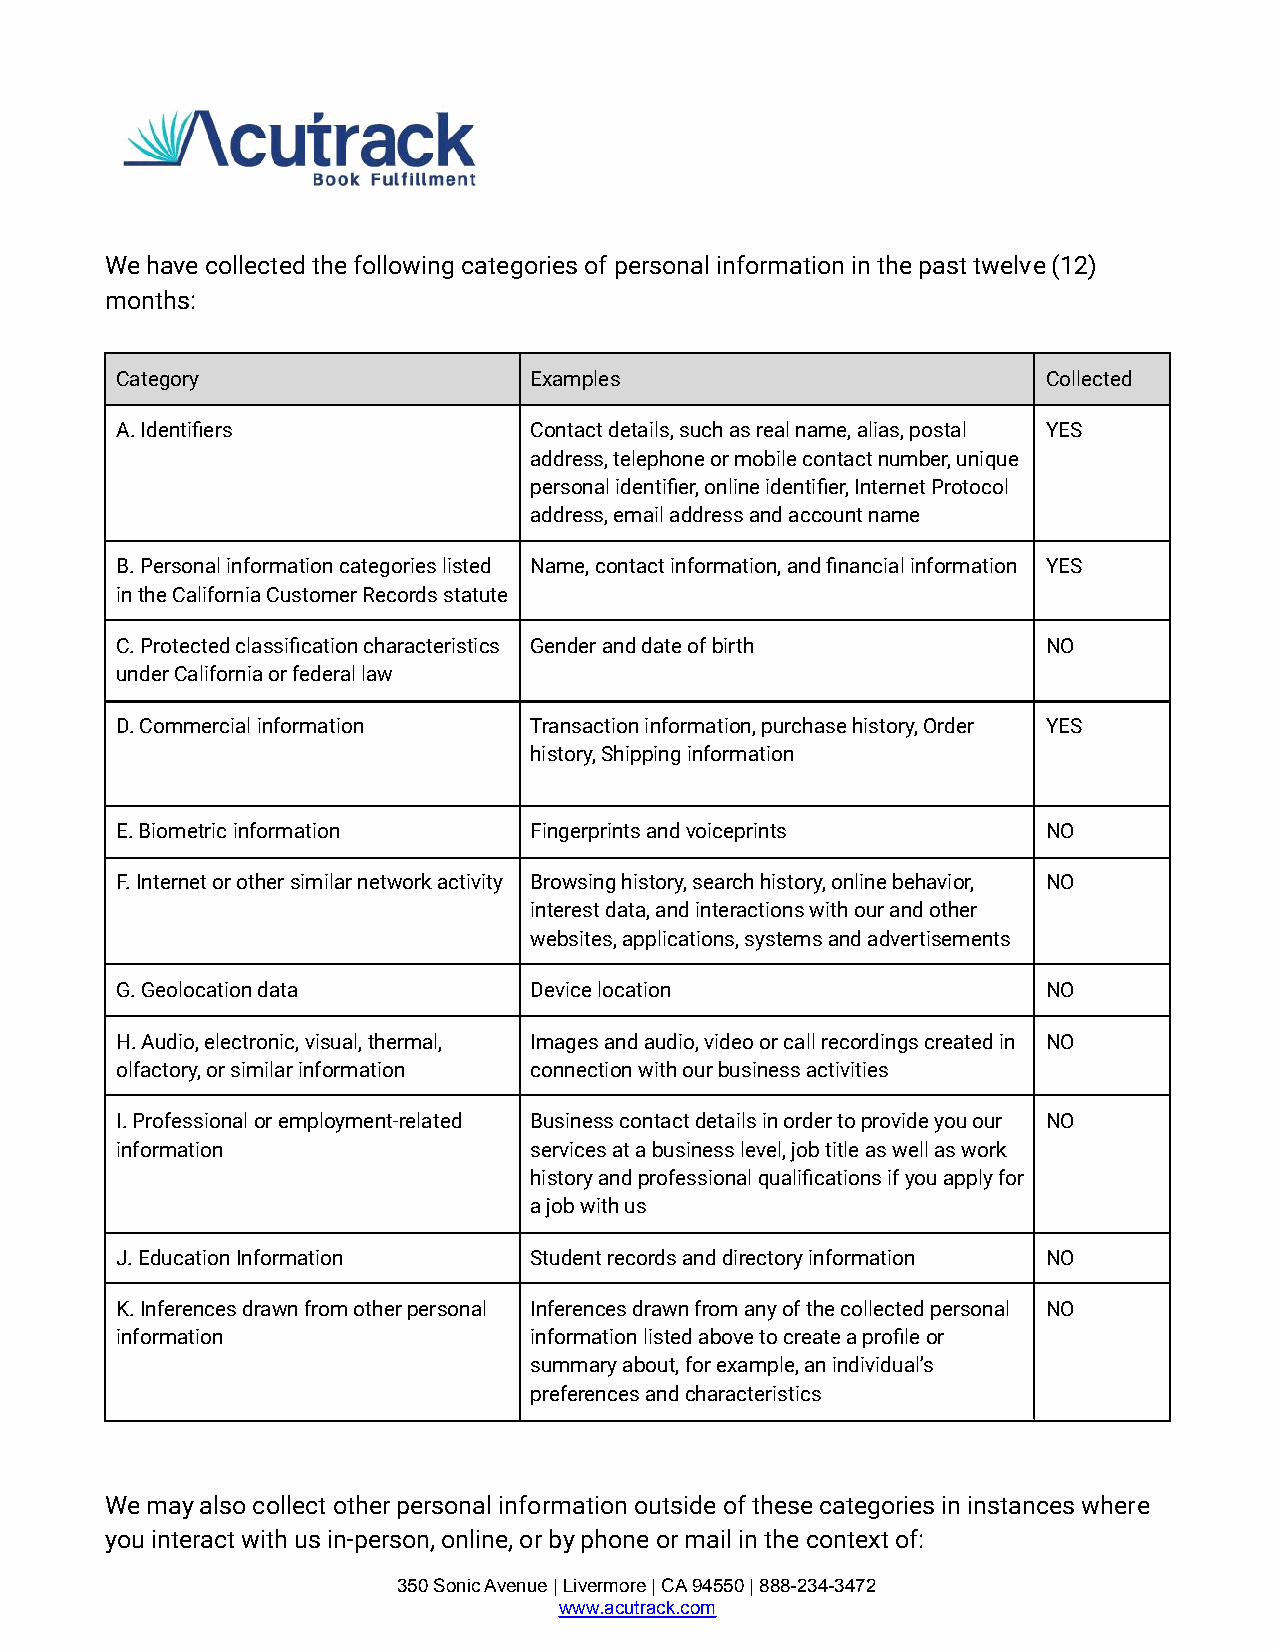
We have collected the following categories of personal information in the past twelve (12)
 months:
 Category                   Examples                          Collected
 A. Identifiers             Contact details, such as real name, alias, postal YES
 address, telephone or mobile contact number, unique
 personal identifier, online identifier, Internet Protocol
 address, email address and account name
 B. Personal information categories listed Name, contact information, and financial information YES
 in the California Customer Records statute
 C. Protected classification characteristics Gender and date of birth NO
 under California or federal law
 D. Commercial information  Transaction information, purchase history, Order YES
 history, Shipping information
 E. Biometric information   Fingerprints and voiceprints      NO
 F. Internet or other similar network activity Browsing history, search history, online behavior, NO
 interest data, and interactions with our and other
 websites, applications, systems and advertisements
 G. Geolocation data        Device location                   NO
 H. Audio, electronic, visual, thermal, Images and audio, video or call recordings created in NO
 olfactory, or similar information connection with our business activities
 I. Professional or employment-related Business contact details in order to provide you our NO
 information                services at a business level, job title as well as work
 history and professional qualifications if you apply for
 a job with us
 J. Education Information   Student records and directory information NO
 K. Inferences drawn from other personal Inferences drawn from any of the collected personal NO
 information                information listed above to create a profile or
 summary about, for example, an individual’s
 preferences and characteristics
 We may also collect other personal information outside of these categories in instances where
 you interact with us in-person, online, or by phone or mail in the context of:
 350 Sonic Avenue | Livermore | CA 94550 | 888-234-3472
 www.acutrack.com